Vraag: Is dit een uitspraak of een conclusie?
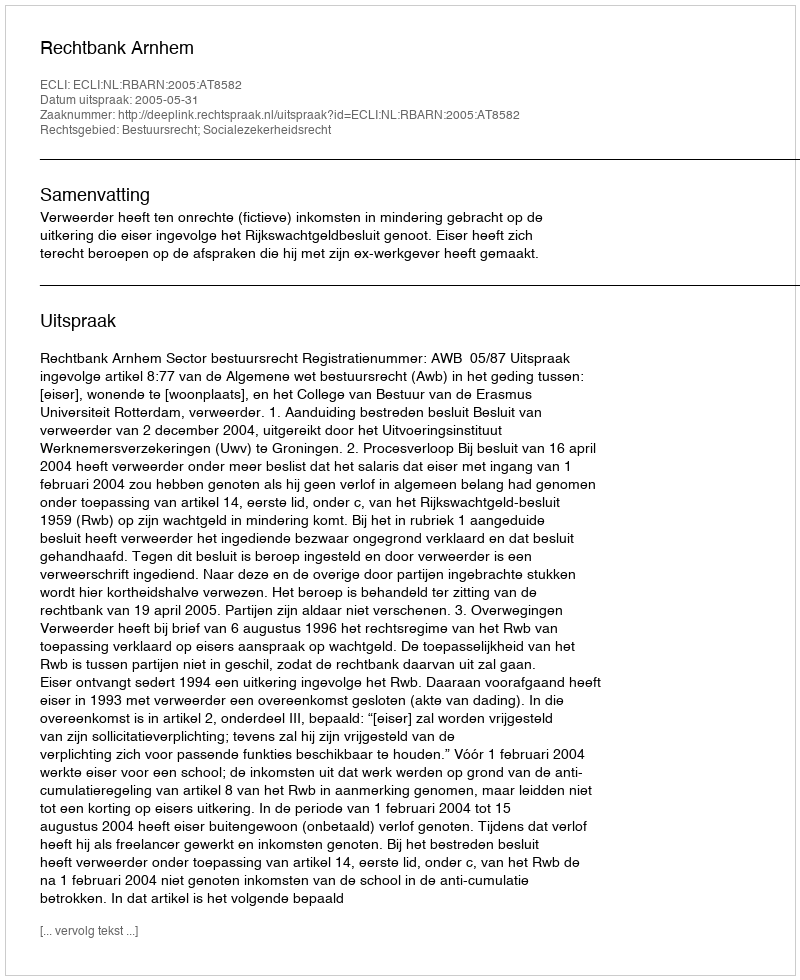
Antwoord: Uitspraak